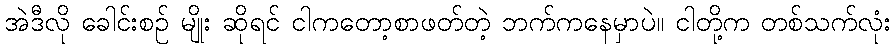
အဲဒီလို ခေါင်းစဉ် မျိုး ဆိုရင် ငါကတော့စာဖတ်တဲ့ ဘက်ကနေမှာပဲ။ ငါတို့က တစ်သက်လုံး